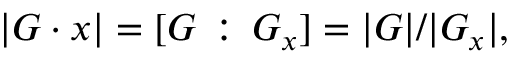
| G \cdot x | = [ G \, : \, G _ { x } ] = | G | / | G _ { x } | ,